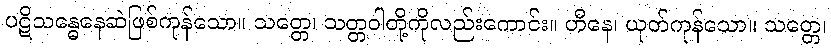
ပဋိသန္ဓေနေဆဲဖြစ်ကုန်သော။ သတ္တေ၊ သတ္တဝါတို့ကိုလည်းကောင်း။ ဟီနေ၊ ယုတ်ကုန်သော။ သတ္တေ၊